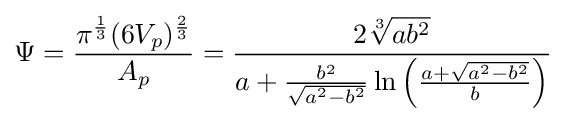
\Psi ={\frac {\pi ^{\frac {1}{3}}(6V_{p})^{\frac {2}{3}}}{A_{p}}}={\frac {2{\sqrt[{3}]{ab^{2}}}}{a+{\frac {b^{2}}{\sqrt {a^{2}-b^{2}}}}\ln {\left({\frac {a+{\sqrt {a^{2}-b^{2}}}}{b}}\right)}}}